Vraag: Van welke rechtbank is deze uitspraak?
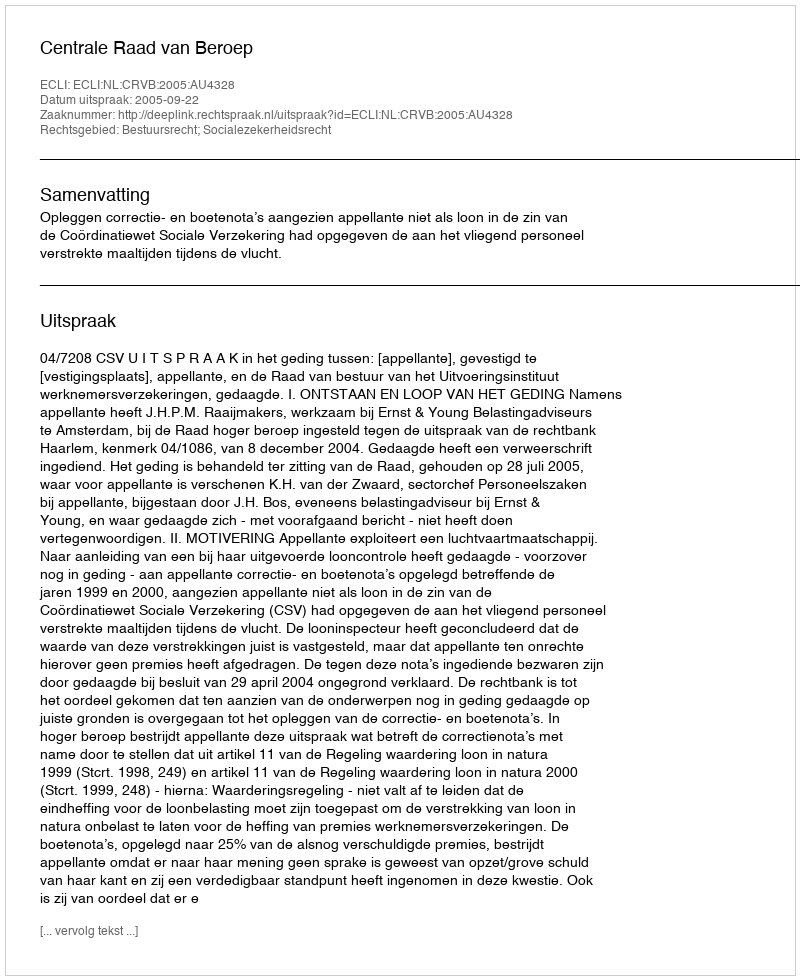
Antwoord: Centrale Raad van Beroep